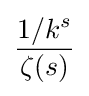
{\frac {1/k^{s}}{\zeta (s)}}